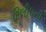
દિલીપની